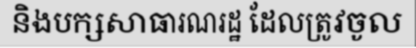
និងបក្សសាធារណរដ្ឋ ដែលត្រូវចូល